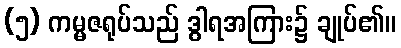
(၅) ကမ္မဇရုပ်သည် ဒွါရအကြား၌ ချုပ်၏။